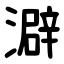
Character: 澼